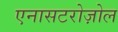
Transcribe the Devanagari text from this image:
एनासटरोज़ोल